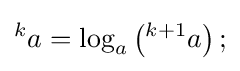
^{k}a=\log _{a}\left(^{k+1}a\right);